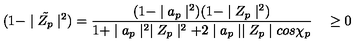
( 1 - \mid { \tilde { Z _ { p } } } \mid ^ { 2 } ) = \frac { ( 1 - \mid a _ { p } \mid ^ { 2 } ) ( 1 - \mid Z _ { p } \mid ^ { 2 } ) } { 1 + \mid a _ { p } \mid ^ { 2 } \mid Z _ { p } \mid ^ { 2 } + 2 \mid a _ { p } \mid \mid Z _ { p } \mid c o s \chi _ { p } } \quad \geq 0